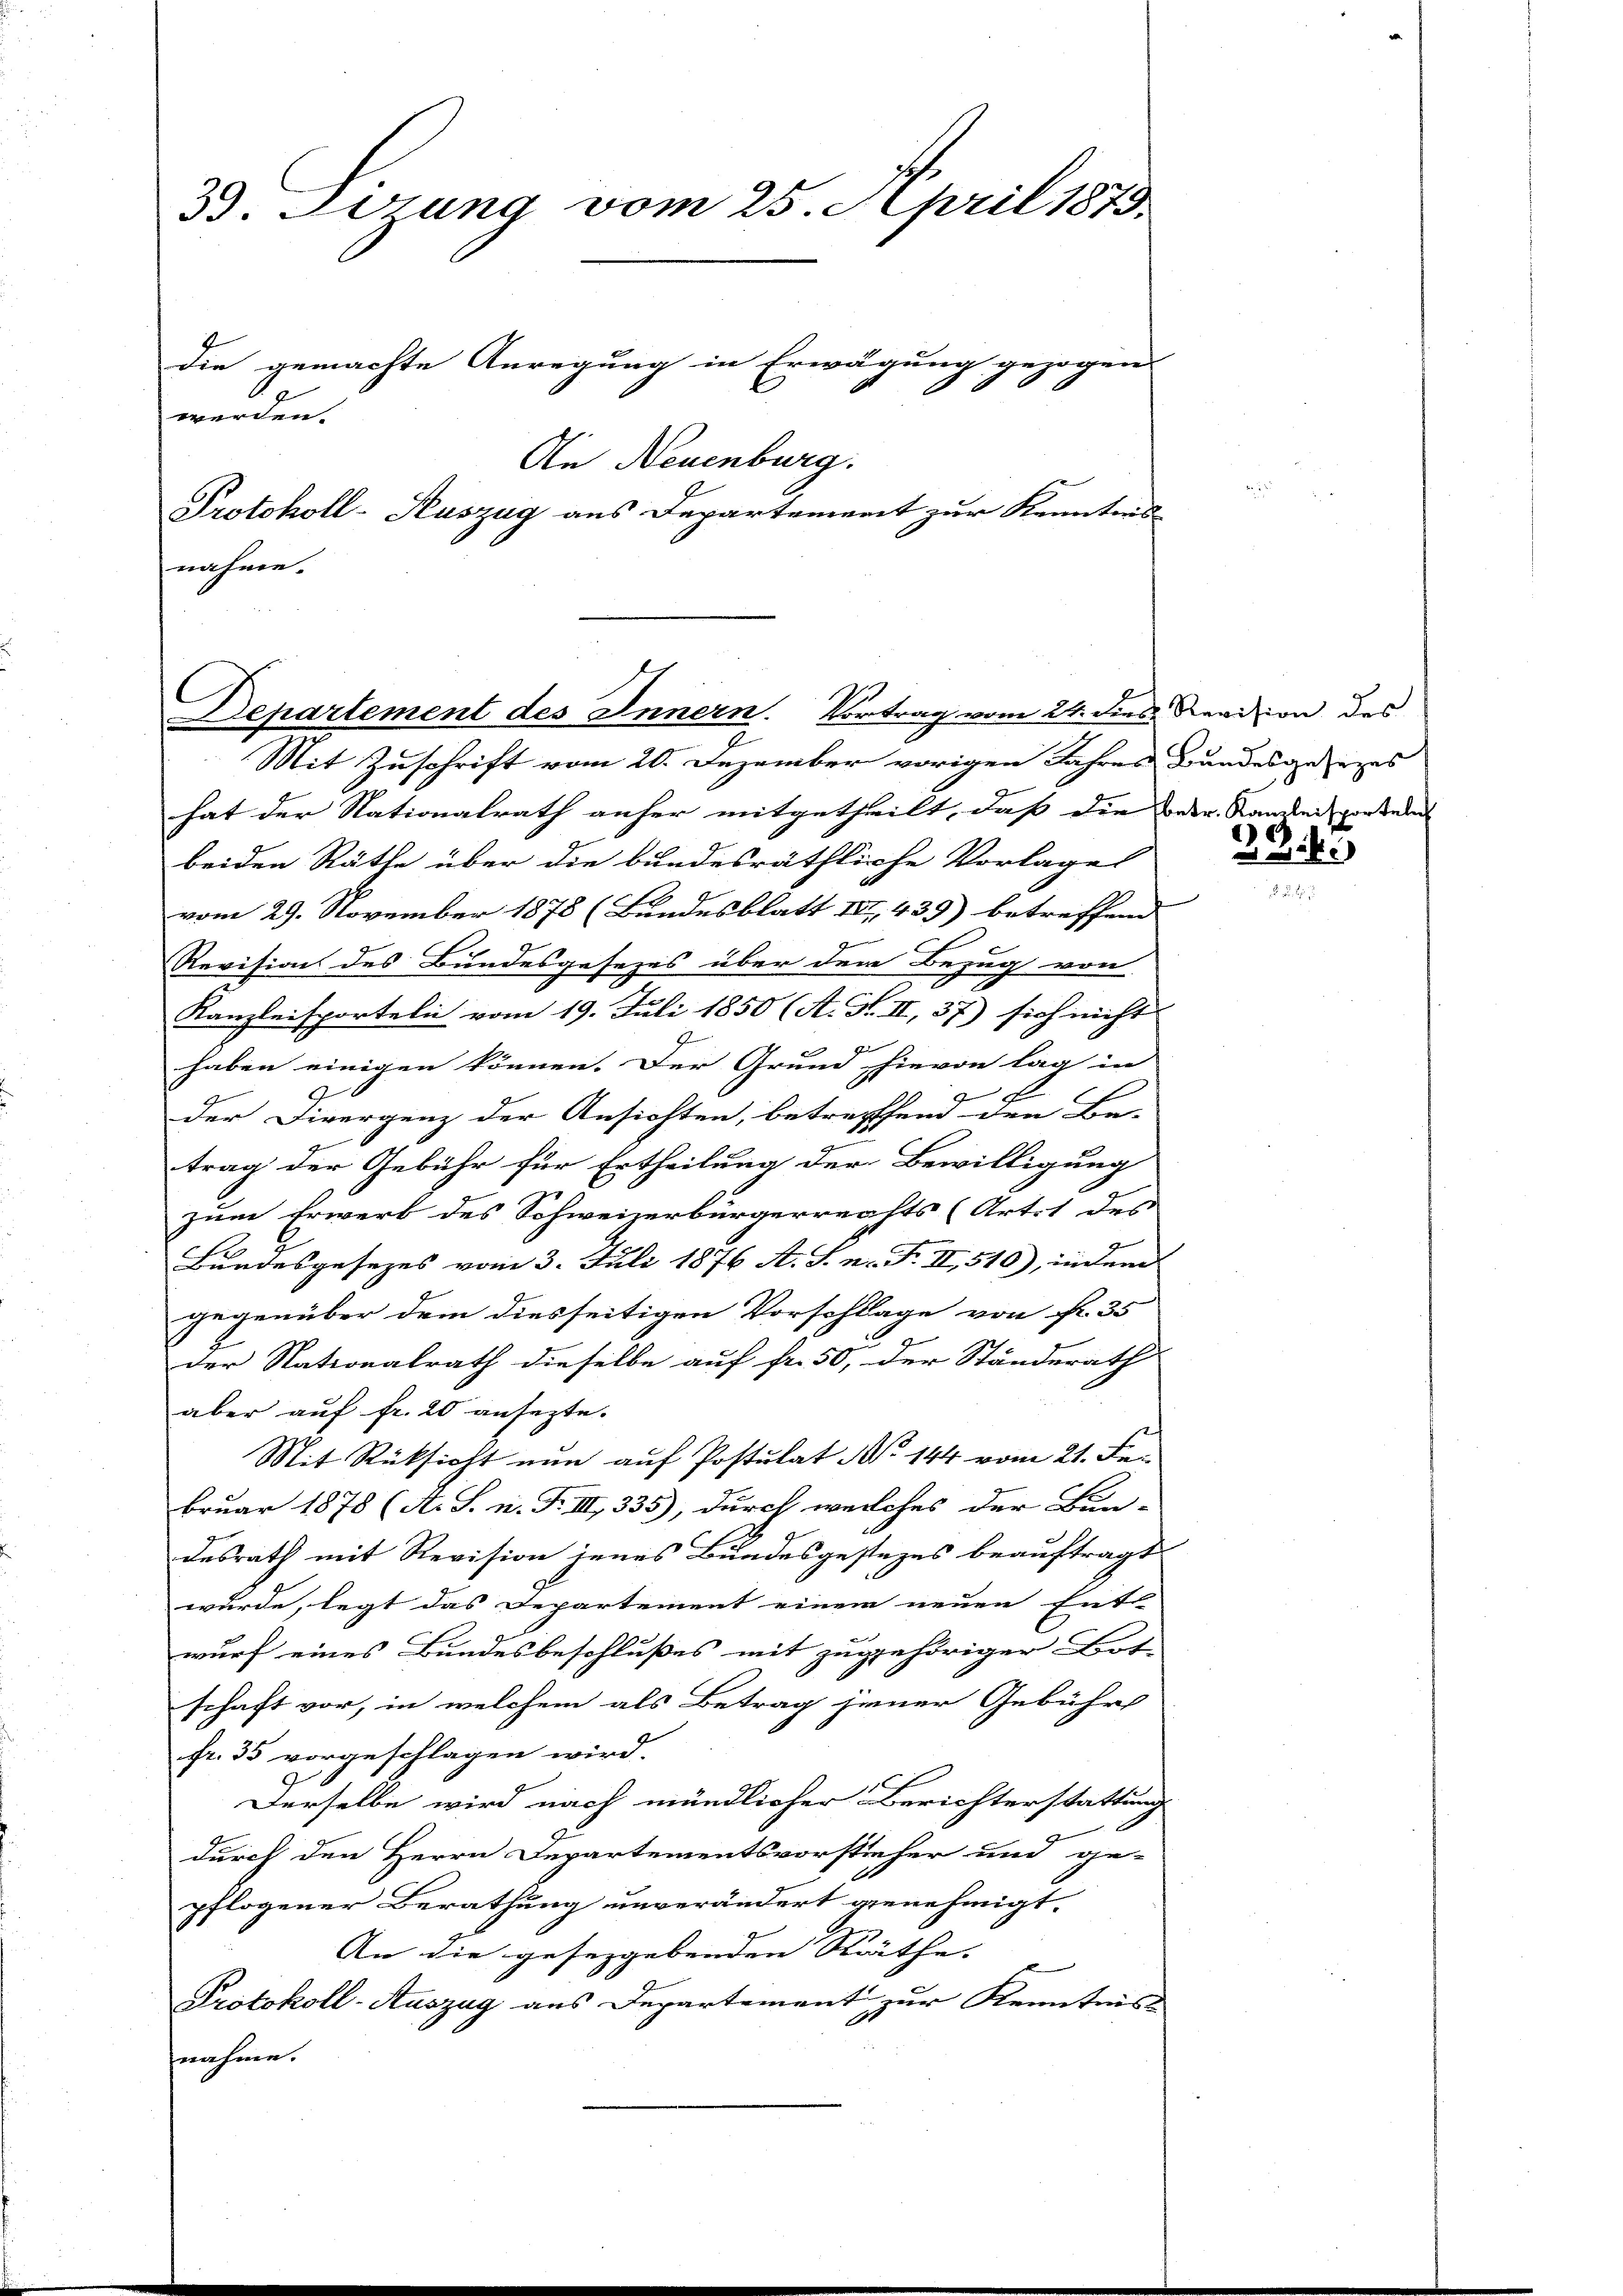
33. Sitzung vom 25. April 1873.
die gemachte Anregung in Erwägung gezogen
werden.
An Neuenburg.
Protokoll-Kuszug aus Departement zur Kennters
nahme.

hat der Nationalrath anher mitgetheilt, daß die der Sandleis porten
beiden Räthe über die bundesräthliche Vorlage
e
vom 29. November 1878 (Bundesblatt III, 439) betreffend
Revision des Bundesgesezes über dem Bezug von
Kanzleisporteln vom 19. Juli 1850 (A. F. II, 37) sich nicht |
I
haben einigen können. Der Grund hievon lag in
x
der Divergenz der Ansichten, betreffend den Be-
trag der Gebühr für Ertheilung der Bewilligung
zum Erwerb des Schweizerbürgerreichts (Art. 1 des
Bundesgesezes vom 3. Juli 1876 A. S. n. F. II, 510), indem
gegenüber dem diesseitigen Vorschlage von fr. 35
der Nationalrath dieselbe auf fr. 50, der Ständerath
aber auf fr. 20 ansezte.
Mit Rüksicht nun auf Postulat No 144 vom 21. Februar 1878 (A. S. n. F. III 335), durch weilches der Bun-
desrath mit Revision jenes Bundesgestezes beauftragt
wurde, legt das Departement einem neuen Ent- |
wurf eines Bundesbeschlußes mit zugehöriger Bot
schaft vor, in welchem als Betrag jener Gebühr
fr. 35 vorgeschlagen wird.
Derselbe wird nach mündlicher Berichterstattung
durch den Herrn Departementsvorsticher und ge-
pflogener Berathung unverändert genehmigt.
An die geseggebenden Räthe.
Protokoll-Auszug aus Departement zur Kenntnis
nahme.

C
Departement des Innern. Vortrag vom 24. dies Revision des
Mit Zuschrift vom 20. Dezember vorigen Jahres Bundesgesezes

234